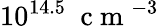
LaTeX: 10^{14.5}~\mathrm{~c~m~}^{-3}